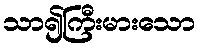
သာ၍ကြီးမားသော